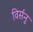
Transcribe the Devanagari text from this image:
विर्सनु